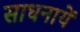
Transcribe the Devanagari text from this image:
साधनायें